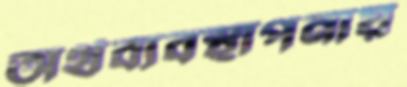
অর্থব্যবস্থাপনায়